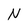
Character: N